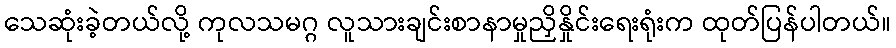
သေဆုံးခဲ့တယ်လို့ ကုလသမဂ္ဂ လူသားချင်းစာနာမှုညှိနှိုင်းရေးရုံးက ထုတ်ပြန်ပါတယ်။